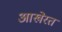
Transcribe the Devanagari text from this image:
आखेरत